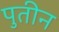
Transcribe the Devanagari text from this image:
पुतीन